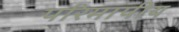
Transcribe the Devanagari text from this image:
परिमापीय